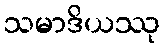
သမာဒိယဿု